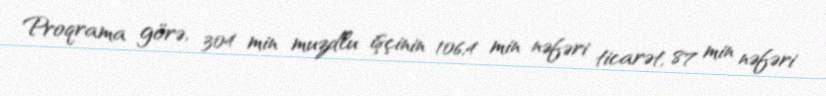
Proqrama görə, 304 min muzdlu işçinin 106,4 min nəfəri ticarət, 87 min nəfəri